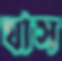
ঘাস